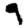
Digit: 9